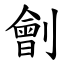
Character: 劊